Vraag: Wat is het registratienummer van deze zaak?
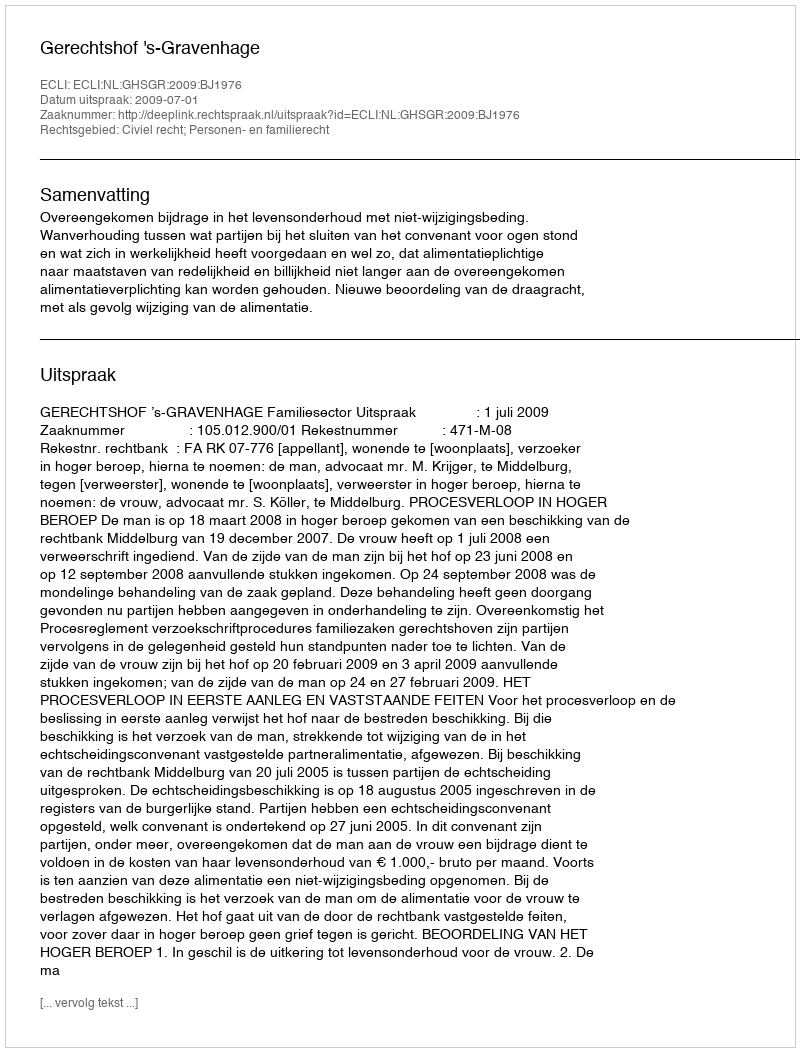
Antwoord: http://deeplink.rechtspraak.nl/uitspraak?id=ECLI:NL:GHSGR:2009:BJ1976